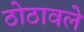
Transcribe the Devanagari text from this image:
ठोठावले